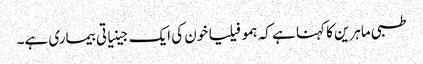
طبی ماہرین کا کہنا ہے کہ ہمو فیلیا خون کی ایک جینیاتی بیماری ہے۔